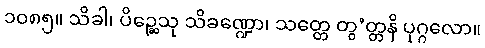
၁၀၈၅။ သိခါ၊ ပိဉ္ဆေသု သိခဏ္ဍော၊ သတ္တေ တွ’တ္တနိ ပုဂ္ဂလော။